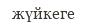
жүйкеге